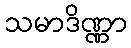
သမာဒိဏ္ဏာ